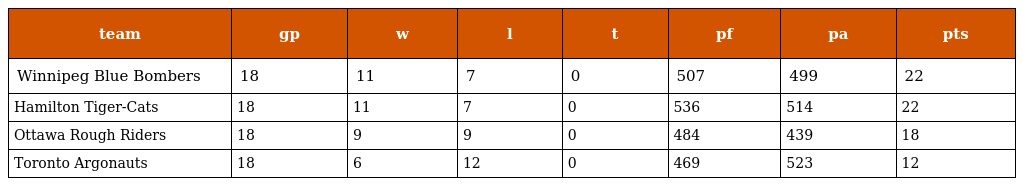
| team | gp | w | l | t | pf | pa | pts |
 | --- | --- | --- | --- | --- | --- | --- | --- |
 | Winnipeg Blue Bombers | 18 | 11 | 7 | 0 | 507 | 499 | 22 |
 | Hamilton Tiger-Cats | 18 | 11 | 7 | 0 | 536 | 514 | 22 |
 | Ottawa Rough Riders | 18 | 9 | 9 | 0 | 484 | 439 | 18 |
 | Toronto Argonauts | 18 | 6 | 12 | 0 | 469 | 523 | 12 |